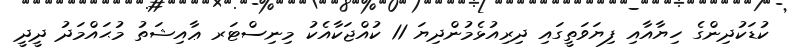
ކުޑަކުދިންގެ ހިޔާއާއި ފިޔަވަތީގައި ދިރިއުޅެމުންދިޔަ 11 ކުއްޖަކާއެކު މިނިސްޓަރ ޢާއިޝަތު މުޙައްމަދު ދީދީ